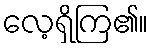
လေ့ရှိကြ၏။